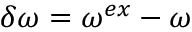
\delta \omega = \omega ^ { e x } - \omega